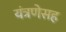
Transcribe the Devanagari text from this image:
यंत्रणेसह